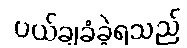
ပယ်ချခံခဲ့ရသည်